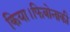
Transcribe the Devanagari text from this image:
किया।फिबोनाकी